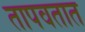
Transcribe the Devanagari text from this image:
तापवतात